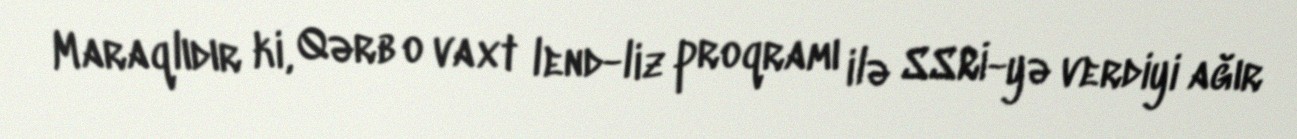
Maraqlıdır ki, Qərb o vaxt lend-liz proqramı ilə SSRİ-yə verdiyi ağır